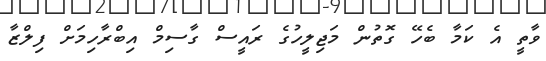
ވާތީ އެ ކަމާ ބެހޭ ގޮތުން މަޖިލީހުގެ ރައީސް ގާސިމް އިބްރާހިމަށް ފިލްޒާ